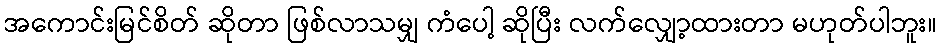
အကောင်းမြင်စိတ် ဆိုတာ ဖြစ်လာသမျှ ကံပေါ့ ဆိုပြီး လက်လျှော့ထားတာ မဟုတ်ပါဘူး။